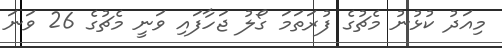
މިއަދު ކުޅުނު މެޗުގެ ފުރަތަމަ ގޯލު ޖަހާފައި ވަނީ މެޗުގެ 26 ވަނަ